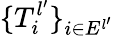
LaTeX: \{ T_{i}^{l^{\prime}}\} _{i\in E^{l^{\prime}}}